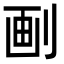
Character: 㓰